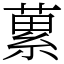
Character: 蔂